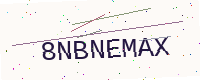
Text: 8NBNEMAX